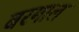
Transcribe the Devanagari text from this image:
बरमाल